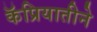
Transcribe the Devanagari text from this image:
कॅप्रियातीने